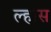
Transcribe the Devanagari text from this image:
ल्हास